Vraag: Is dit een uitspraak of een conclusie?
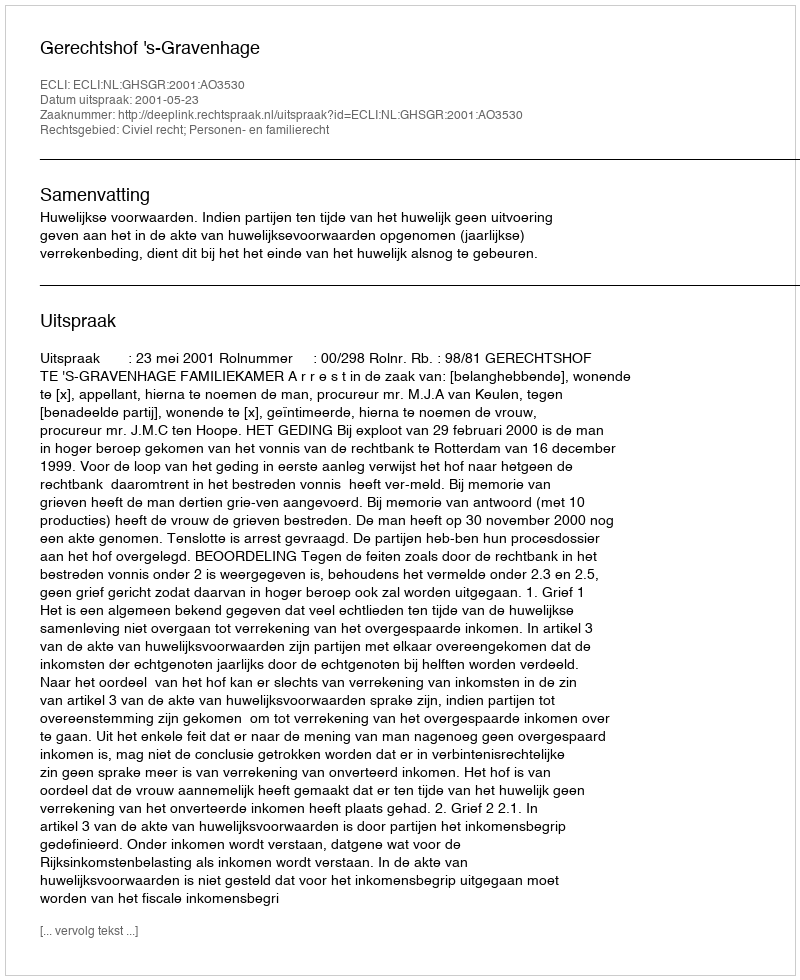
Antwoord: Uitspraak